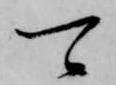
可